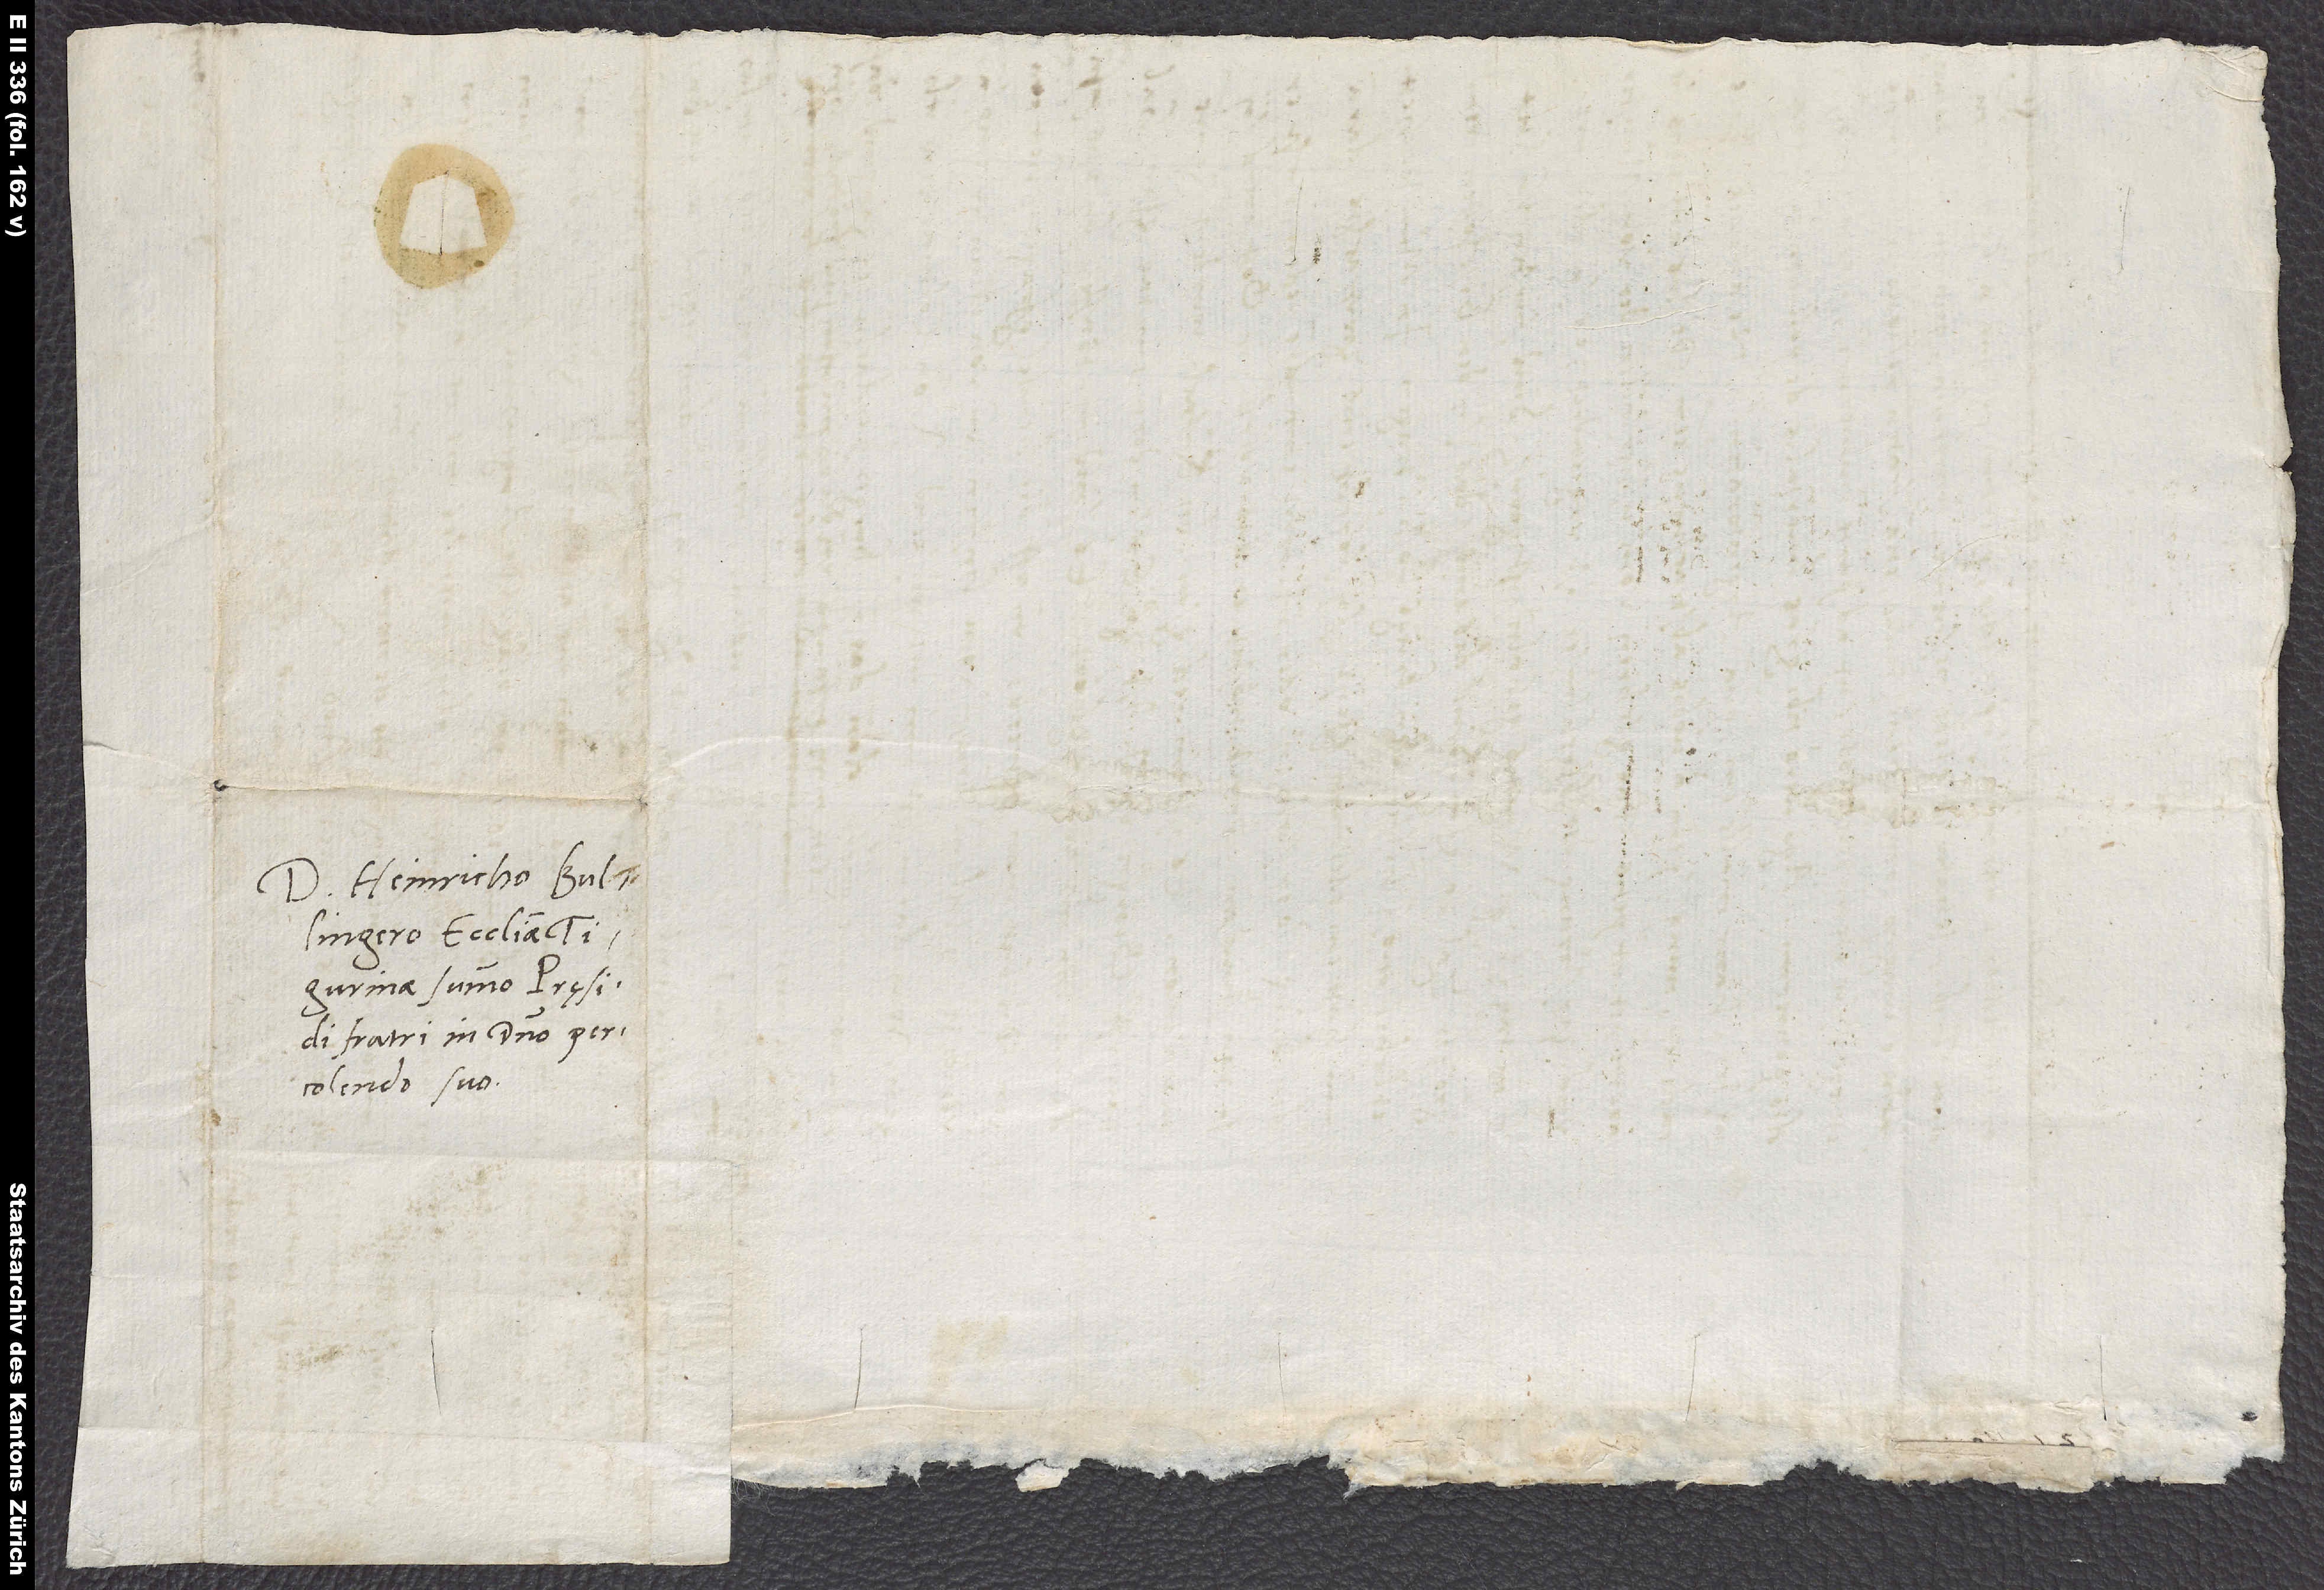
Domino Heinricho Bullingero,
Tigurinae summo pręsidi.
Fratri in domino percolendo